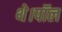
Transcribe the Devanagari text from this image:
थे।पॉल